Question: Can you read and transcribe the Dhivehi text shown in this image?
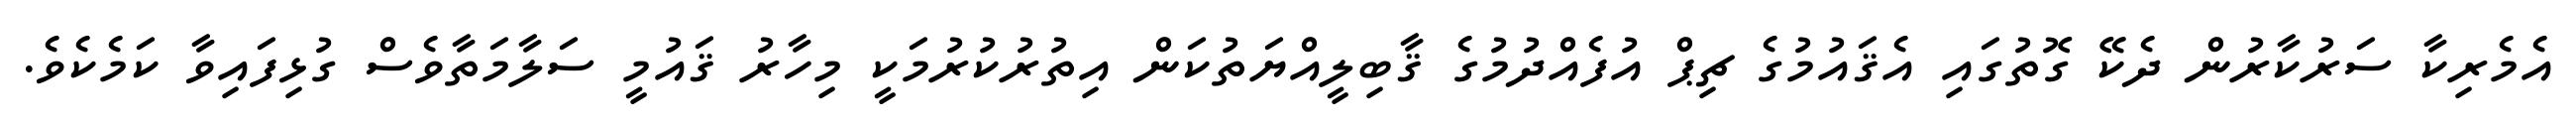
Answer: އެމެރިކާ ސަރުކާރުން ދެކޭ ގޮތުގައި އެޤައުމުގެ ޗިޕް އުފެއްދުމުގެ ޤާބިލީއްޔަތުކަން އިތުރުކުރުމަކީ މިހާރު ޤައުމީ ސަލާމަތާވެސް ގުޅިފައިވާ ކަމެކެވެ.